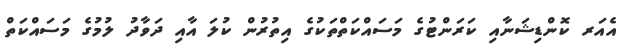
އެއަރ ކޮންޑިޝަނާއި ކަރަންޓުގެ މަސައްކަތްތަކުގެ އިތުރުން ކުލަ އާއި ދަވާދު ލުމުގެ މަސައްކަތް